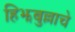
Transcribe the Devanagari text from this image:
हिझबुल्लाचे